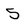
Character: 5